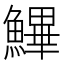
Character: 𩺷